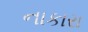
નાકારા